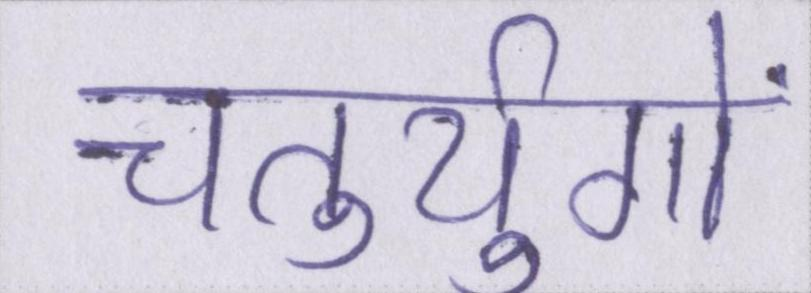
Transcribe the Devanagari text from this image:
चतुर्युगों